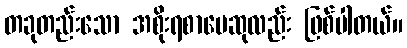
တခုတည်းသော အစိုးရစာပေဆုလည်း ဖြစ်ပါတယ်။